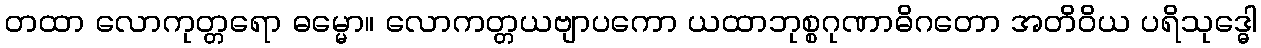
တထာ လောကုတ္တရော ဓမ္မော။ လောကတ္တယဗျာပကော ယထာဘုစ္စဂုဏာဓိဂတော အတိဝိယ ပရိသုဒ္ဓေါ